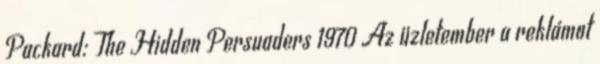
Packard: The Hidden Persuaders 1970 Az üzletember a reklámot